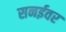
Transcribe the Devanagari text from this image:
सनईवर